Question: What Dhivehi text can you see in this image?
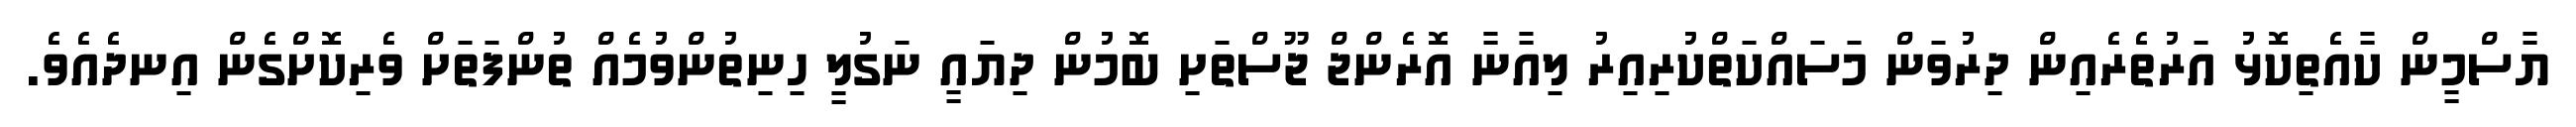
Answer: ޔާސްމީން ކާއެތިކޮޅު އަރުތެރެއިން ދިރުވަން މަސައްކަތްކުރިއިރު ލިއާނާ އޮރެންޖް ޖޫސްތަށި ބޮމުން ދިޔައީ ނަގުލީ ހިނިތުންވުމެއް ތުންފަތަށް ވެރިކޮށްގެން އިނދެއެވެ.